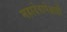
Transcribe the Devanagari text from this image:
महादेवापेक्षाही